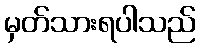
မှတ်သားရပါသည်